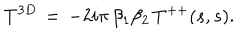
T ^ { 3 D } \, = \, - 2 i \pi \, \beta _ { 1 } \beta _ { 2 } \, T ^ { + + } ( s , s ) .